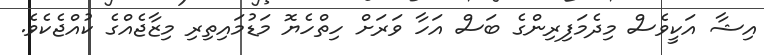
އިޝާ އަކީވެސް މިދެމަފިރިންގެ ބަސް އަހާ ވަރަށް ހިތްހެޔޮ މަޑުމައިތިރި މިޒާޖެއްގެ ކުއްޖެކެވެ.